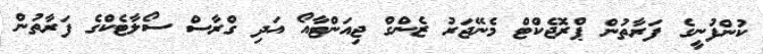
ކުންފުނީގެ ފަރާތުން ޕްރޮޖެކްޓް މެނޭޖަރު ޒެންގް ޖިއަންޓާއޯ އަދި ގްރާސް ސޯލާޓެކްގެ ފަރާތުން